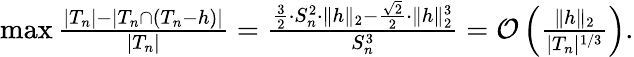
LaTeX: \begin{array}{r}{\operatorname*{max}\frac{|T_{n}|-|T_{n}\cap(T_{n}-h)|}{|T_{n}|}=\frac{\frac{3}{2}\cdot S_{n}^{2}\cdot\| h\| _{2}-\frac{\sqrt{2}}{2}\cdot\| h\| _{2}^{3}}{S_{n}^{3}}=\mathcal{O}\left(\frac{\| h\| _{2}}{|T_{n}|^{1/3}}\right).}\end{array}